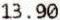
13.90